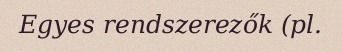
Egyes rendszerezők (pl.